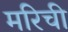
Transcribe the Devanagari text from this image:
मरिची